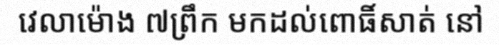
វេលាម៉ោង ៧ព្រឹក មកដល់ពោធិ៍សាត់ នៅ